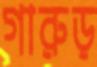
গারুড়